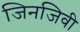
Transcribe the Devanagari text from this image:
जिनजिवी